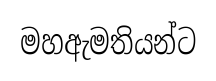
මහඇමතියන්ට